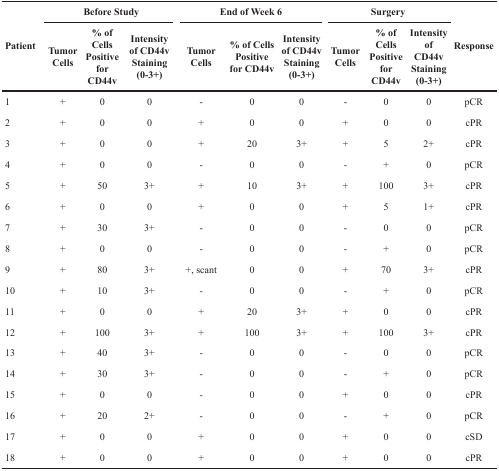
| <ROWSPAN=2> Patient | <COLSPAN=3> Before Study | <COLSPAN=3> End of Week 6 | <COLSPAN=3> Surgery | <ROWSPAN=2> Response |
 | Tumor Cells | % of Cells Positive for CD44v | Intensity of CD44v Staining (0-3+) | Tumor Cells | % of Cells Positive for CD44v | Intensity of CD44v Staining (0-3+) | Tumor Cells | % of Cells Positive for CD44v | Intensity of CD44v Staining (0-3+) |
 | --- | --- | --- | --- | --- | --- | --- | --- | --- | --- | --- |
 | 1 | + | 0 | 0 | - | 0 | 0 | - | 0 | 0 | pCR |
 | 2 | + | 0 | 0 | + | 0 | 0 | + | 0 | 0 | cPR |
 | 3 | + | 0 | 0 | + | 20 | 3+ | + | 5 | 2+ | cPR |
 | 4 | + | 0 | 0 | - | 0 | 0 | - | + | 0 | pCR |
 | 5 | + | 50 | 3+ | + | 10 | 3+ | + | 100 | 3+ | cPR |
 | 6 | + | 0 | 0 | + | 0 | 0 | + | 5 | 1+ | cPR |
 | 7 | + | 30 | 3+ | - | 0 | 0 | - | 0 | 0 | pCR |
 | 8 | + | 0 | 0 | - | 0 | 0 | - | + | 0 | pCR |
 | 9 | + | 80 | 3+ | +, scant | 0 | 0 | + | 70 | 3+ | cPR |
 | 10 | + | 10 | 3+ | - | 0 | 0 | - | + | 0 | pCR |
 | 11 | + | 0 | 0 | + | 20 | 3+ | + | 0 | 0 | cPR |
 | 12 | + | 100 | 3+ | + | 100 | 3+ | + | 100 | 3+ | cPR |
 | 13 | + | 40 | 3+ | - | 0 | 0 | - | 0 | 0 | pCR |
 | 14 | + | 30 | 3+ | - | 0 | 0 | - | + | 0 | pCR |
 | 15 | + | 0 | 0 | - | 0 | 0 | + | 0 | 0 | cPR |
 | 16 | + | 20 | 2+ | - | 0 | 0 | - | + | 0 | pCR |
 | 17 | + | 0 | 0 | + | 0 | 0 | + | 0 | 0 | cSD |
 | 18 | + | 0 | 0 | + | 0 | 0 | + | 0 | 0 | cPR |